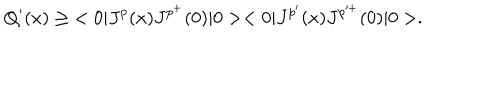
LaTeX: Q ^ { \prime } ( x ) \geq \; < 0 | J ^ { p } ( x ) J ^ { p ^ { + } } ( 0 ) | 0 > < 0 | J ^ { p ^ { \prime } } ( x ) J ^ { p ^ { + } } ( 0 ) | 0 > .